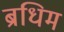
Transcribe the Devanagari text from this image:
ब्रधिम